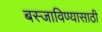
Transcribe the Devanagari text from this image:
बस्जाविण्यासाठी